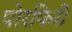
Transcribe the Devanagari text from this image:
पोरफिरी